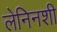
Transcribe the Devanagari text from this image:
लेनिनशी